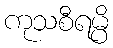
ကုသစီရမ္ပိ